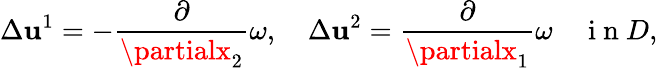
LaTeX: \Delta\mathbf{u}^{1}=-\frac{{\partial}}{{\partialx_{2}}}\omega,\quad\Delta\mathbf{u}^{2}=\frac{{\partial}}{{\partialx_{1}}}\omega\quad\mathrm{{~i~n~}}D,